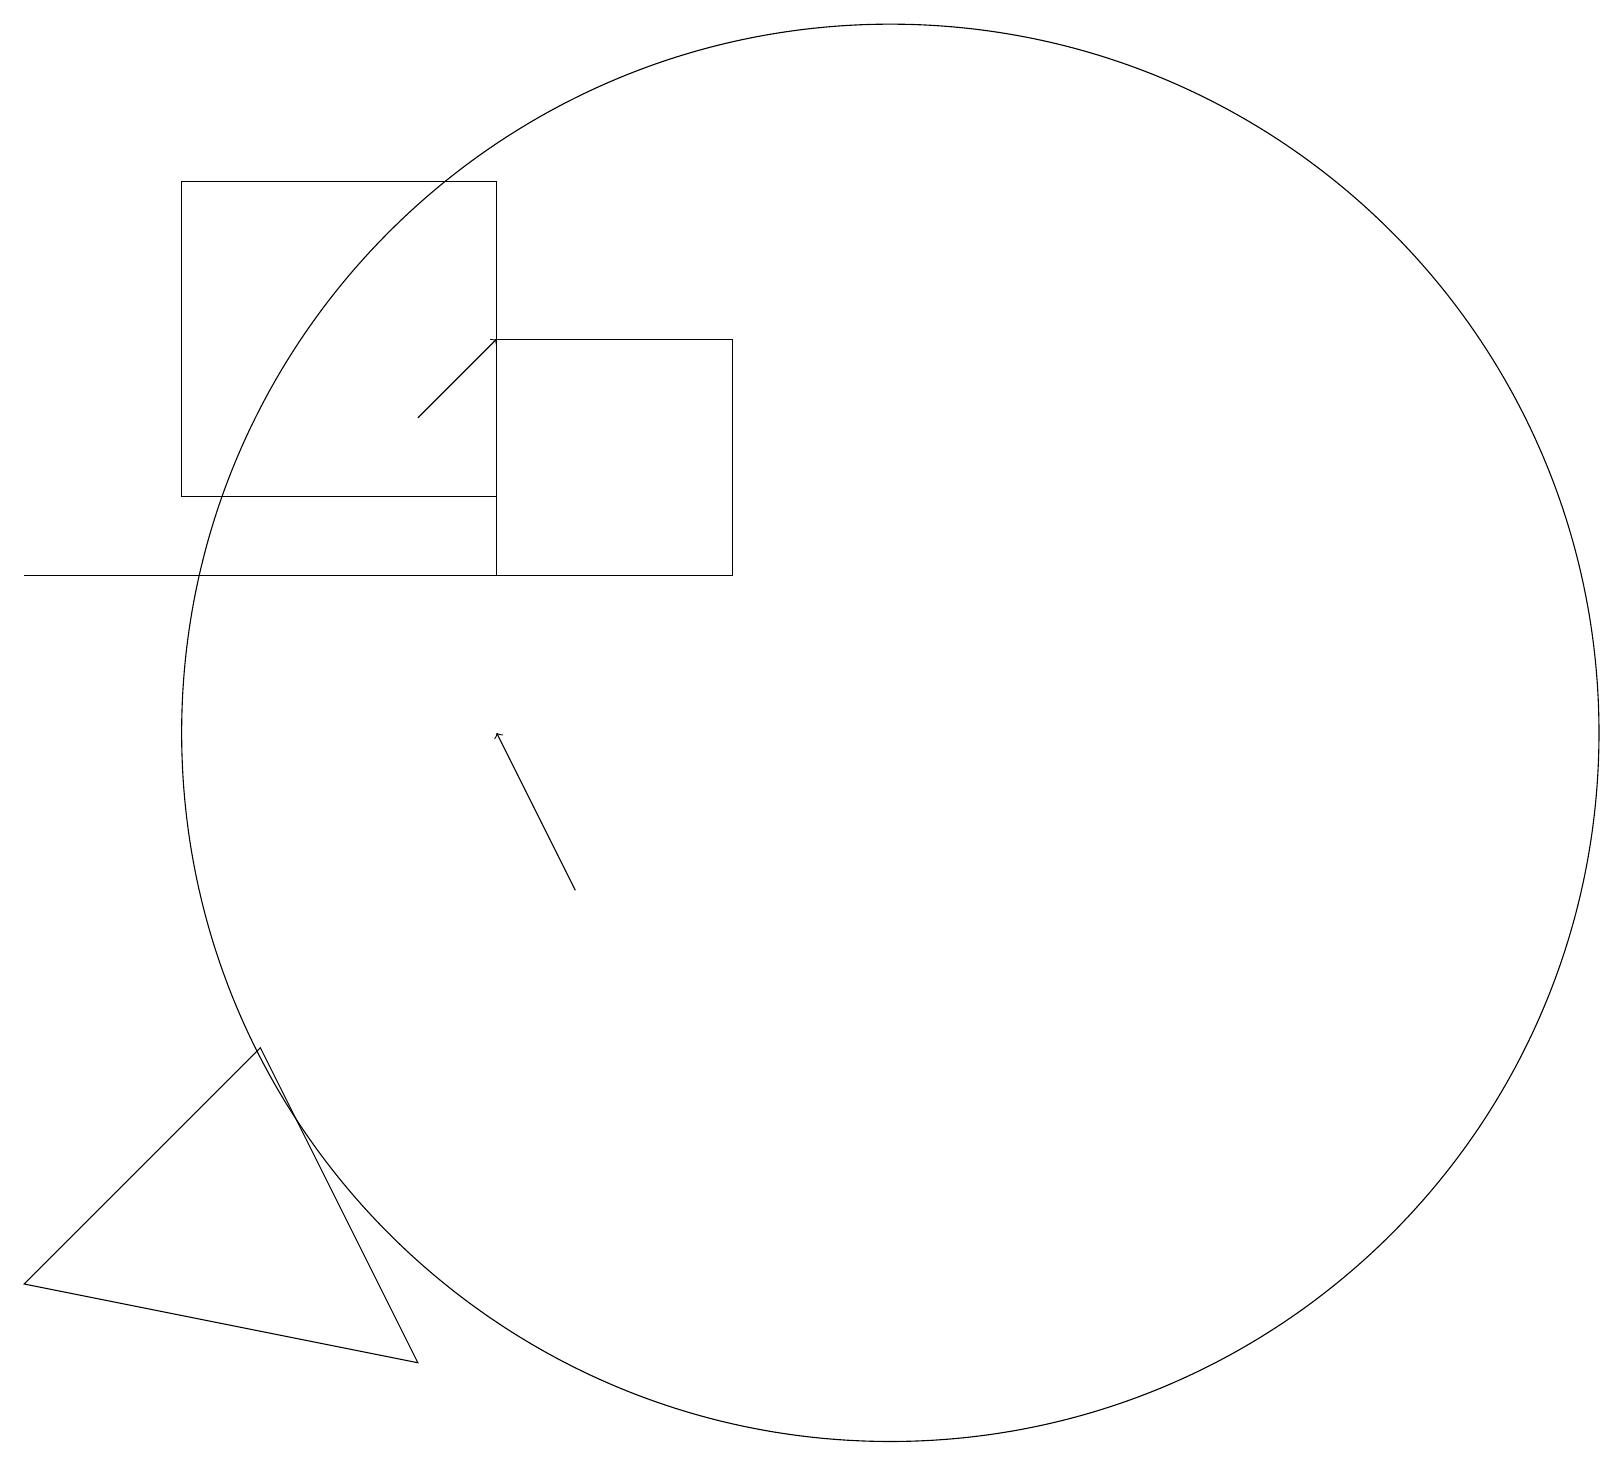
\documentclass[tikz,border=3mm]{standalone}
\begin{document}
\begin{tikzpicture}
\draw[->] (5,16) -- (6,17);
\draw (6,19) rectangle (2,15);
\draw[->] (7,10) -- (6,12);
\draw (5,4) -- (0,5) -- (3,8) -- cycle;
\draw (11,12) circle (9);
\draw (6,14) rectangle (9,17);
\draw (9,14) rectangle (0,14);
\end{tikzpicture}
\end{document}